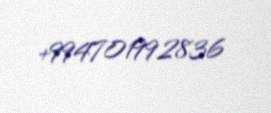
+994701992836